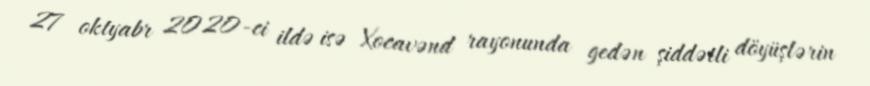
27 oktyabr 2020-ci ildə isə Xocavənd rayonunda gedən şiddətli döyüşlərin